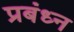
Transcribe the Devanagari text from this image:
प्रबंध्न